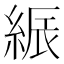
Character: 𦁟